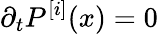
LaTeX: \partial_{t}P^{[i]}(x)=0